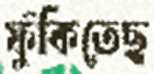
ফুঁকিতেছ